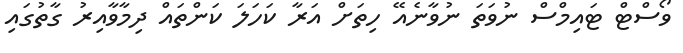
ވޯސްޓް ޓައިމްސް ނުވަތަ ނުވާނެއޭ ހިތަށް އަރާ ކަހަލަ ކަންތައް ދިމާވާއިރު ގާތުގައި